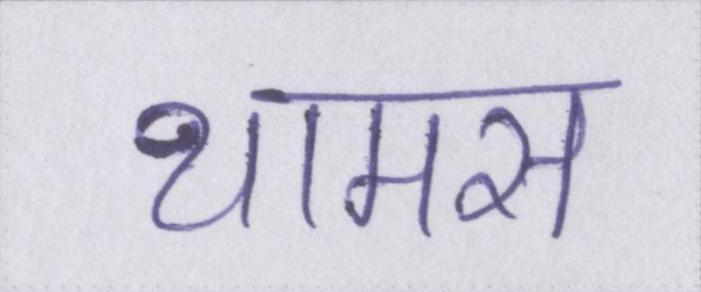
थामस